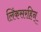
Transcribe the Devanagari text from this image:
लिंकसरहिन्